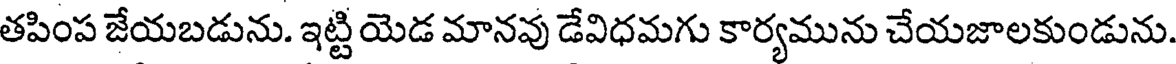
తపింప జేయబడును. ఇట్టి యెడ మానవు డేవిధమగు కార్యమును చేయజాలకుండును.